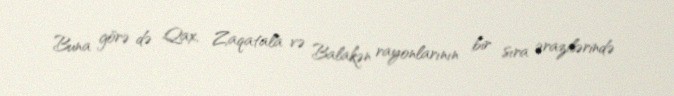
Buna görə də Qax, Zaqatala və Balakən rayonlarının bir sıra ərazilərində